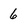
Character: 6